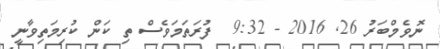
ނޮވެމްބަރު 26